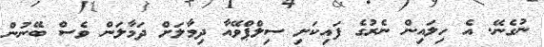
ނުގެނޭ. އެ ހިލައިން ނެރުގެ ފައިކަށި ސިލްޕްވޭއާ ދިމާލަށް ދަމާލަން ވެސް ބޭނުން